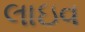
લાઇવ